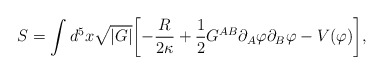
\begin{align*}S= \int d^{5}x \sqrt{|G|}\biggl[- \frac{R}{2\kappa} + \frac{1}{2} G^{A B} \partial_{A} \varphi \partial_{B} \varphi - V(\varphi)\biggr],\end{align*}